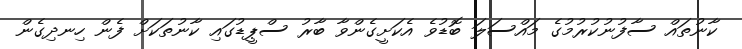
ކާނުތައް ސާފުނުކުރުމުގެ މައްސަލަ ބޮޑުވެ އެކަށީގެންވާ ބާރު ސްޕީޑުގައި ކާނުތަކަށް ފެން ހިނދިގެން